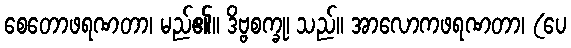
စေတောဖရဏတာ၊ မည်၏။ ဒိဗ္ဗစက္ခု၊ သည်။ အာလောကဖရဏတာ၊ (ပေ